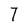
Character: 7